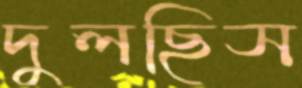
দুলছিস